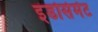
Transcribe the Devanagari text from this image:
इंडोर्समेंट